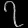
Digit: ၇